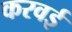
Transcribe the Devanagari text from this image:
करवई